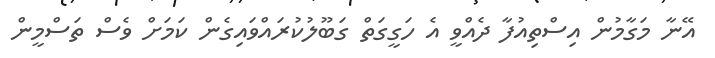
އޭނާ މަގާމުން އިސްތިއުފާ ދެއްވީ އެ ހަގީގަތް ގަބޫލުކުރައްވައިގެން ކަމަށް ވެސް ތަސްމީން